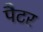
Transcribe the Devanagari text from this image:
पैटर